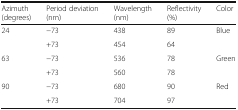
<table><thead><tr><td><b>Azimuth (degrees)</b></td><td><b>Period deviation (nm)</b></td><td><b>Wavelength (nm)</b></td><td><b>Reflectivity (%)</b></td><td><b>Color</b></td></tr></thead><tbody><tr><td rowspan="2">24</td><td>−73</td><td>438</td><td>89</td><td rowspan="2">Blue</td></tr><tr><td>+73</td><td>454</td><td>64</td></tr><tr><td rowspan="2">63</td><td>−73</td><td>536</td><td>78</td><td rowspan="2">Green</td></tr><tr><td>+73</td><td>560</td><td>78</td></tr><tr><td rowspan="2">90</td><td>−73</td><td>680</td><td>90</td><td rowspan="2">Red</td></tr><tr><td>+73</td><td>704</td><td>97</td></tr></tbody></table>